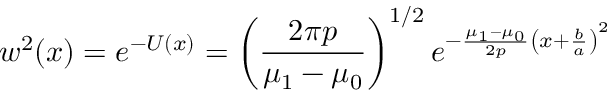
w ^ { 2 } ( x ) = e ^ { - U ( x ) } = \left( { \frac { 2 \pi p } { \mu _ { 1 } - \mu _ { 0 } } } \right) ^ { 1 / 2 } e ^ { - { \frac { \mu _ { 1 } - \mu _ { 0 } } { 2 p } } \left( x + { \frac { b } { a } } \right) ^ { 2 } }